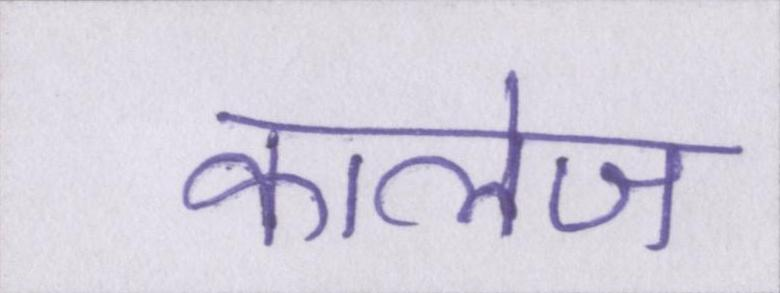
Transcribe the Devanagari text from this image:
कालेज